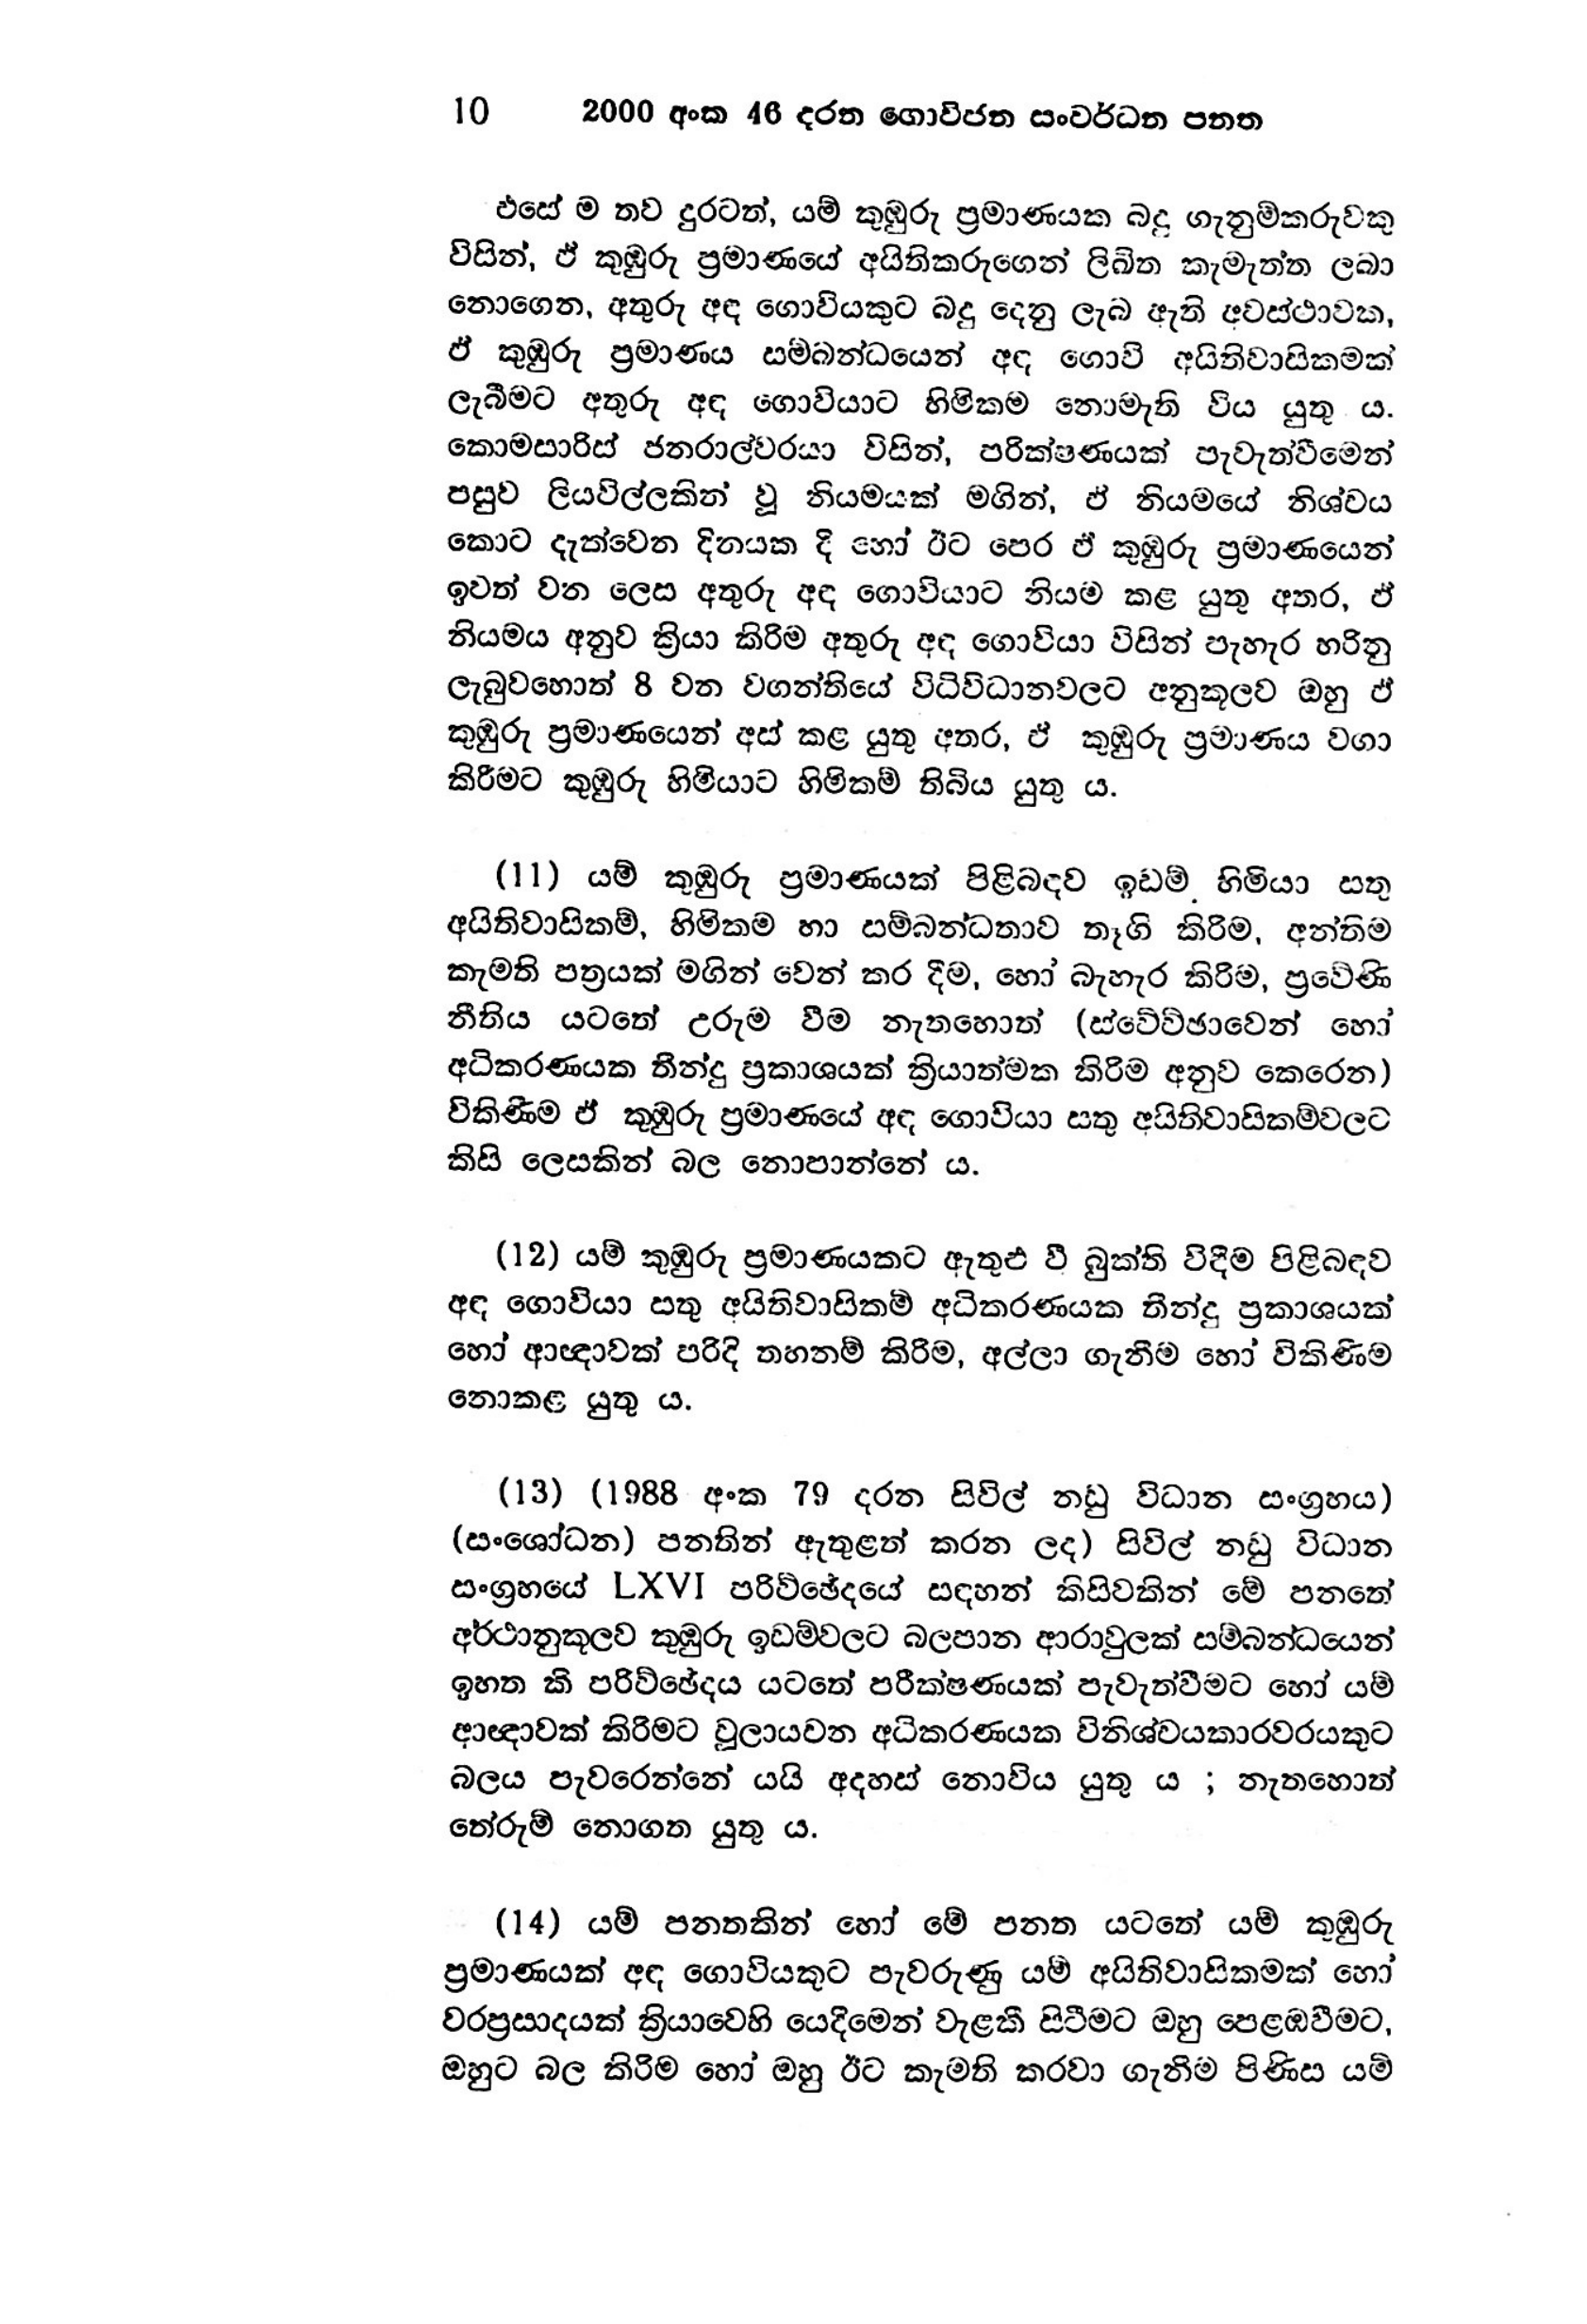
10 2000 අංක 46 දරන ගොවිජන සංවර්ධන පනත

එසේ ම තව දුරටත්, යම් කුඹුරු ප්‍රමාණයක බදු ගැනුම්කරුවකු
විසින්, ඵ් කුඹුරු ප්‍රමාණයේ අයිතිකරුගෙන් ලිඛිත කැමැත්ත ලබා
නොගෙන, අතුරු අඳ ගොවියකුට බදු දෙනු ලැබ ඇති අවස්ථාවක,
ඒ කුඹුරු ප්‍රමාණය සම්බන්ධයෙන් අඳ ගොවි අයිතිවාසිකමක්
ලැබීමට අතුරු අඳ ගොවියාට හිමිකම නොමැති විය යුතුය.
කොමසාරිස් ජනරාල්වරයා විසින්, පරික්ෂණයක් පැවැත්වීමෙන්
පසුව ලියවිල්ලකින් වූ නියමයක් මගින්, ඒ නියමයේ නිශ්චය
කොට දැක්වෙන දිනයක දී හෝ ඊට පෙර ඒ කුඹුරු ප්‍රමාණයෙන්
ඉවත් වන ලෙස අතුරු අඳ ගොවියාට නියම කළ යුතු අතර, ඒ
නියමය අනුව ක්‍රියා කිරිම අතුරු අඳ ගොවියා විසින් පැහැර හරිනු
ලැබුවහොත් 8 වන වගන්තියේ විධිවිධානවලට අනුකූලව ඔහු ඒ
කුඹුරු ප්‍රමාණයෙන් අස් කළ යුතු අතර, ඒ කුඹුරු ප්‍රමාණය වගා
කිරීමට කුඹුරු හිමියාට හිමිකම් තිබිය යුතුය.

(11) යම් කුඹුරු ප්‍රමාණයක් පිළිබඳව ඉඩම් හිමියා සතු
අයිතිවාසිකම්, හිමිකම හා සම්බන්ධතාව තෑගි කිරීම, අන්තිම
කැමති පත්‍රයක් මගින් වෙන් කර දීම, හෝ බැහැර කිරීම, ප්‍රවේණි
නීතිය යටතේ උරුම වීම නැතහොත් (ස්වේච්ඡාවෙන් හෝ
අධිකරණයක තීන්දු ප්‍රකාශයක් ක්‍රියාත්මක කිරිම අනුව කෙරෙන)
විකිණීම එ් කුඹුරු ප්‍රමාණයේ අඳ ගොවියා සතු අයිතිවාසිකම්වලට
කිසි ලෙසකින් බල නොපාන්නේ ය.

(12) යම් කුඹුරු ප්‍රමාණයකට ඇතුළු වී බුක්ති විඳීම පිළිබඳව
අඳ ගොවියා සතු අයිතිවාසිකම් අධිකරණයක තීන්දු ප්‍රකාශයක්
හෝ ආඥාවක් පරිදි තහනම් කිරිම, අල්ලා ගැනීම හෝ විකිණීම
නොකළ යුතු ය.

(13) (1988 අංක 79 දරන සිවිල් නඩු විධාන සංග්‍රහය)
(සංශෝධන) පනතින් ඇතුළත් කරන ලද) සිවිල් නඩු විධාන
සංග්‍රහයේ LXVI පරිච්ඡේදයේ සඳහන් කිසිවකින් මේ පනතේ
අර්ථානුකූලව කුඹුරු ඉඩම්වලට බලපාන ආරාවුලක් සම්බන්ධයෙන්
ඉහත කි පරිච්ඡේදය යටතේ පරීක්ෂණයක් පැවැත්වීමට හෝ යම්
ආඥාවක් කිරීමට චූලායවන අධිකරණයක විනිශ්චයකාරවරයකුට
බලය පැවරෙන්නේ යයි අදහස් නොවිය යුතු ය ; නැතහොත්
තේරුම් නොගත යුතු ය.

(14) යම් පනතකින් හෝ මේ පනත යටතේ යම් කුඹුරු
ප්‍රමාණයක් අඳ ගොවියකුට පැවරුණු යම් අයිතිවාසිකමක් හෝ
වරප්‍රසාදයක් ක්‍රියාවෙහි යෙදීමෙන් වැළකී සිටීමට ඔහු පෙළඹවීමට,
ඔහුට බල කිරීම හෝ ඔහු ඊට කැමති කරවා ගැනිම පිණිස යම්